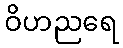
ဝိဟညရေ